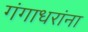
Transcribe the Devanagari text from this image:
गंगाधरांना